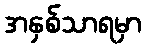
အနှစ်သာရမှာ